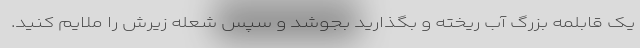
یک قابلمه بزرگ آب ریخته و بگذارید بجوشد و سپس شعله زیرش را ملایم کنید.